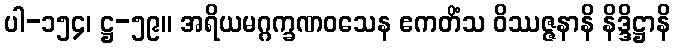
ပါ-၁၅၄၊ ဋ္ဌ-၅၉။ အရိယမဂ္ဂက္ခဏဝသေန ဧကတိံသ ဝိဿဇ္ဇနာနိ နိဒ္ဒိဋ္ဌာနိ